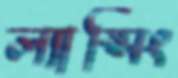
ল্যান্সিং